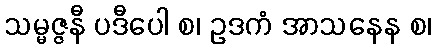
သမ္မဇ္ဇနီ ပဒီပေါ စ၊ ဥဒကံ အာသနေန စ၊